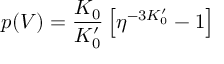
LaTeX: p ( V ) = { \frac { K _ { 0 } } { K _ { 0 } ^ { \prime } } } \left[ \eta ^ { - 3 K _ { 0 } ^ { \prime } } - 1 \right]